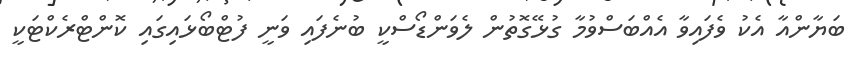
ބަޔާންއާ އެކު ވެފައިވާ އެއްބަސްވުމާ ގުޅޭގޮތުން ލެވަންޑޯސްކީ ބުނެފައި ވަނީ ފުޓްބޯޅައިގައި ކޮންޓްރެކްޓަކީ